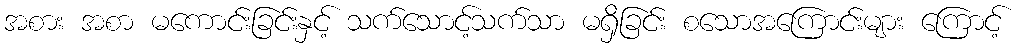
အစား အစာ မကောင်းခြင်းနှင့် သက်သောင့်သက်သာ မရှိခြင်း စသောအကြောင်းများ ကြောင့်